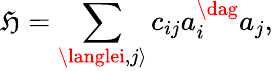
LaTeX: \mathfrak{H}=\sum_{\langlei,j\rangle}c_{ij}a_{i}^{\dag}a_{j},